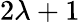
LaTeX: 2\lambda+1